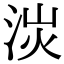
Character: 𣴽